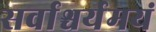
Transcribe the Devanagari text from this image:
सर्वाश्चर्यमयं